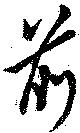
前